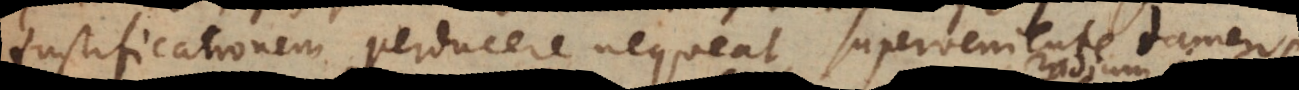
justificationem perducere nequeat, superveniente tamen